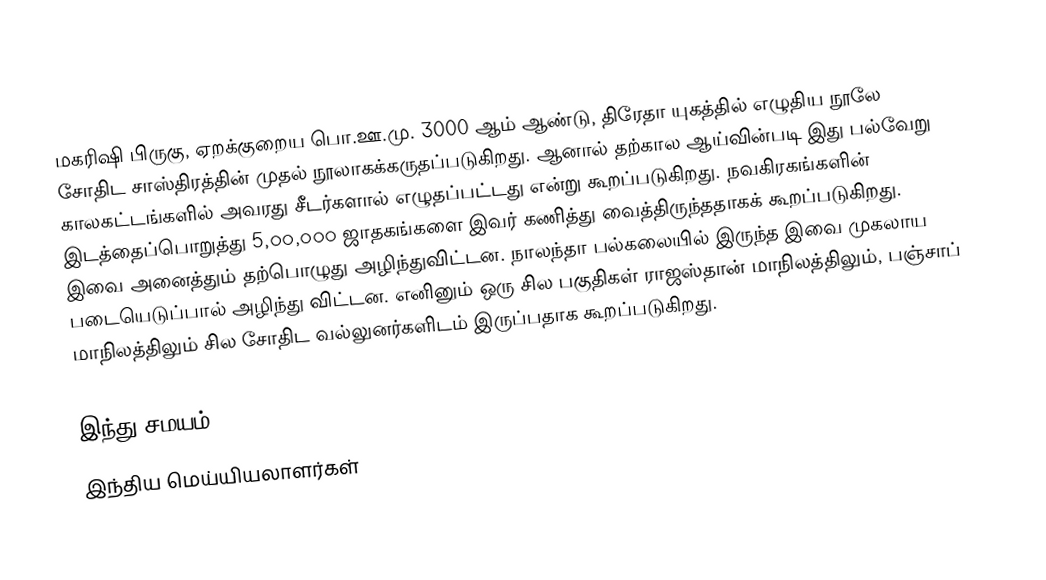
மகரிஷி பிருகு, ஏறக்குறைய பொ.ஊ.மு. 3000 ஆம் ஆண்டு, திரேதா யுகத்தில் எழுதிய  நூலே சோதிட சாஸ்திரத்தின் முதல் நூலாகக்கருதப்படுகிறது. ஆனால் தற்கால ஆய்வின்படி இது பல்வேறு காலகட்டங்களில் அவரது சீடர்களால் எழுதப்பட்டது என்று கூறப்படுகிறது. நவகிரகங்களின் இடத்தைப்பொறுத்து 5,௦௦,௦௦௦ ஜாதகங்களை இவர் கணித்து வைத்திருந்ததாகக் கூறப்படுகிறது. இவை அனைத்தும் தற்பொழுது அழிந்துவிட்டன. நாலந்தா  பல்கலையில் இருந்த இவை முகலாய படையெடுப்பால் அழிந்து விட்டன. எனினும் ஒரு சில பகுதிகள் ராஜஸ்தான் மாநிலத்திலும், பஞ்சாப் மாநிலத்திலும் சில சோதிட வல்லுனர்களிடம் இருப்பதாக கூறப்படுகிறது.

இந்து சமயம்
இந்திய மெய்யியலாளர்கள்